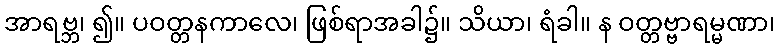
အာရဗ္ဘ၊ ၍။ ပဝတ္တနကာလေ၊ ဖြစ်ရာအခါ၌။ သိယာ၊ ရံခါ။ န ဝတ္တဗ္ဗာရမ္မဏာ၊